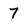
Character: 7